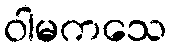
ဝါမကသေ